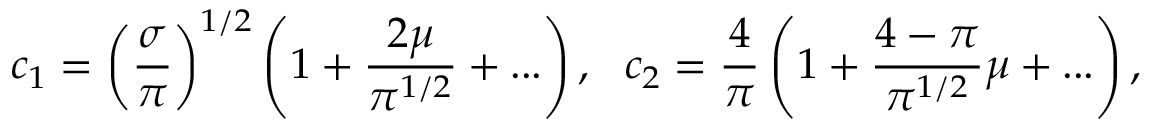
c _ { 1 } = \left( \frac { \sigma } { \pi } \right) ^ { 1 / 2 } \left( 1 + \frac { 2 \mu } { \pi ^ { 1 / 2 } } + . . . \right) , ~ ~ c _ { 2 } = \frac { 4 } { \pi } \left( 1 + \frac { 4 - \pi } { \pi ^ { 1 / 2 } } \mu + . . . \right) ,